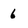
Character: 6